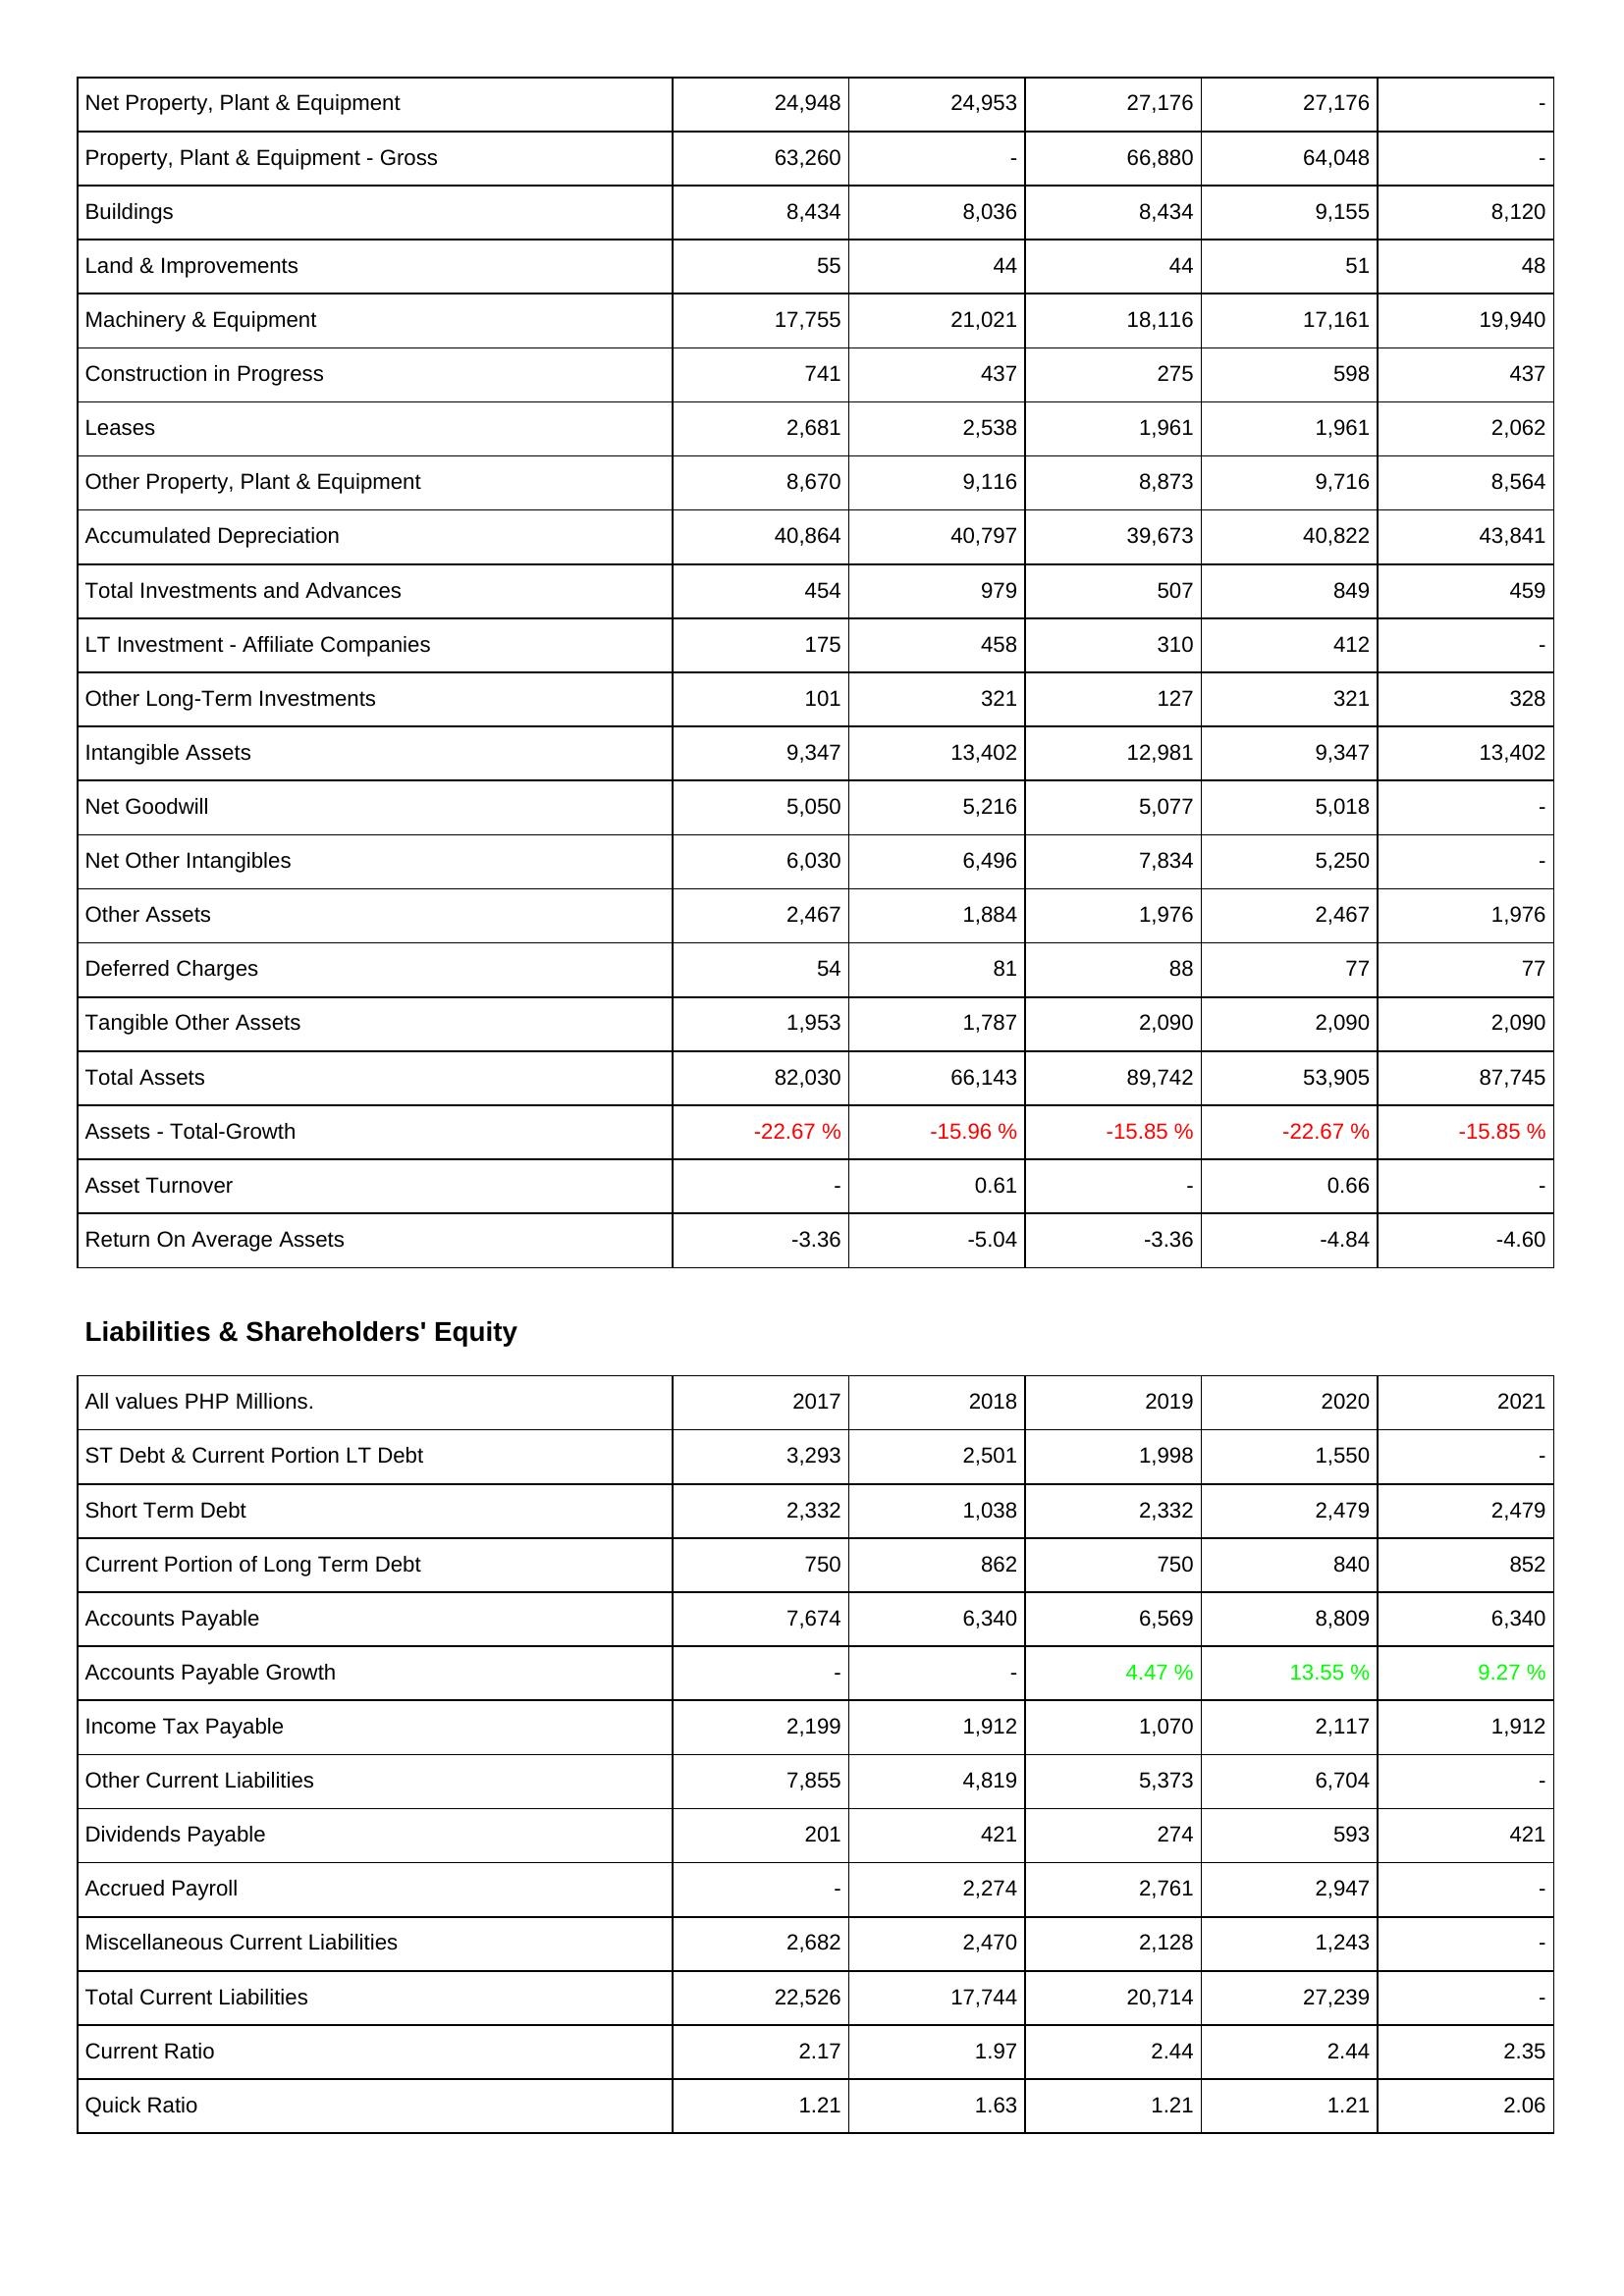
2017: Assets: Net Property, Plant & Equipment: 24,948
Property, Plant & Equipment - Gross: 63,260
Buildings: 8,434
Land & Improvements: 55
Machinery & Equipment: 17,755
Construction in Progress: 741
Leases: 2,681
Other Property, Plant & Equipment: 8,670
Accumulated Depreciation: 40,864
Total Investments and Advances: 454
LT Investment - Affiliate Companies: 175
Other Long-Term Investments: 101
Intangible Assets: 9,347
Net Goodwill: 5,050
Net Other Intangibles: 6,030
Other Assets: 2,467
Deferred Charges: 54
Tangible Other Assets: 1,953
Total Assets: 82,030
Assets - Total-Growth: -22.67 %
Asset Turnover: -
Return On Average Assets: -3.36
Liabilities & Shareholders' Equity: ST Debt & Current Portion LT Debt: 3,293
Short Term Debt: 2,332
Current Portion of Long Term Debt: 750
Accounts Payable: 7,674
Accounts Payable Growth: -
Income Tax Payable: 2,199
Other Current Liabilities: 7,855
Dividends Payable: 201
Accrued Payroll: -
Miscellaneous Current Liabilities: 2,682
Total Current Liabilities: 22,526
Current Ratio: 2.17
Quick Ratio: 1.21
2018: Assets: Net Property, Plant & Equipment: 24,953
Property, Plant & Equipment - Gross: -
Buildings: 8,036
Land & Improvements: 44
Machinery & Equipment: 21,021
Construction in Progress: 437
Leases: 2,538
Other Property, Plant & Equipment: 9,116
Accumulated Depreciation: 40,797
Total Investments and Advances: 979
LT Investment - Affiliate Companies: 458
Other Long-Term Investments: 321
Intangible Assets: 13,402
Net Goodwill: 5,216
Net Other Intangibles: 6,496
Other Assets: 1,884
Deferred Charges: 81
Tangible Other Assets: 1,787
Total Assets: 66,143
Assets - Total-Growth: -15.96 %
Asset Turnover: 0.61
Return On Average Assets: -5.04
Liabilities & Shareholders' Equity: ST Debt & Current Portion LT Debt: 2,501
Short Term Debt: 1,038
Current Portion of Long Term Debt: 862
Accounts Payable: 6,340
Accounts Payable Growth: -
Income Tax Payable: 1,912
Other Current Liabilities: 4,819
Dividends Payable: 421
Accrued Payroll: 2,274
Miscellaneous Current Liabilities: 2,470
Total Current Liabilities: 17,744
Current Ratio: 1.97
Quick Ratio: 1.63
2019: Assets: Net Property, Plant & Equipment: 27,176
Property, Plant & Equipment - Gross: 66,880
Buildings: 8,434
Land & Improvements: 44
Machinery & Equipment: 18,116
Construction in Progress: 275
Leases: 1,961
Other Property, Plant & Equipment: 8,873
Accumulated Depreciation: 39,673
Total Investments and Advances: 507
LT Investment - Affiliate Companies: 310
Other Long-Term Investments: 127
Intangible Assets: 12,981
Net Goodwill: 5,077
Net Other Intangibles: 7,834
Other Assets: 1,976
Deferred Charges: 88
Tangible Other Assets: 2,090
Total Assets: 89,742
Assets - Total-Growth: -15.85 %
Asset Turnover: -
Return On Average Assets: -3.36
Liabilities & Shareholders' Equity: ST Debt & Current Portion LT Debt: 1,998
Short Term Debt: 2,332
Current Portion of Long Term Debt: 750
Accounts Payable: 6,569
Accounts Payable Growth: 4.47 %
Income Tax Payable: 1,070
Other Current Liabilities: 5,373
Dividends Payable: 274
Accrued Payroll: 2,761
Miscellaneous Current Liabilities: 2,128
Total Current Liabilities: 20,714
Current Ratio: 2.44
Quick Ratio: 1.21
2020: Assets: Net Property, Plant & Equipment: 27,176
Property, Plant & Equipment - Gross: 64,048
Buildings: 9,155
Land & Improvements: 51
Machinery & Equipment: 17,161
Construction in Progress: 598
Leases: 1,961
Other Property, Plant & Equipment: 9,716
Accumulated Depreciation: 40,822
Total Investments and Advances: 849
LT Investment - Affiliate Companies: 412
Other Long-Term Investments: 321
Intangible Assets: 9,347
Net Goodwill: 5,018
Net Other Intangibles: 5,250
Other Assets: 2,467
Deferred Charges: 77
Tangible Other Assets: 2,090
Total Assets: 53,905
Assets - Total-Growth: -22.67 %
Asset Turnover: 0.66
Return On Average Assets: -4.84
Liabilities & Shareholders' Equity: ST Debt & Current Portion LT Debt: 1,550
Short Term Debt: 2,479
Current Portion of Long Term Debt: 840
Accounts Payable: 8,809
Accounts Payable Growth: 13.55 %
Income Tax Payable: 2,117
Other Current Liabilities: 6,704
Dividends Payable: 593
Accrued Payroll: 2,947
Miscellaneous Current Liabilities: 1,243
Total Current Liabilities: 27,239
Current Ratio: 2.44
Quick Ratio: 1.21
2021: Assets: Net Property, Plant & Equipment: -
Property, Plant & Equipment - Gross: -
Buildings: 8,120
Land & Improvements: 48
Machinery & Equipment: 19,940
Construction in Progress: 437
Leases: 2,062
Other Property, Plant & Equipment: 8,564
Accumulated Depreciation: 43,841
Total Investments and Advances: 459
LT Investment - Affiliate Companies: -
Other Long-Term Investments: 328
Intangible Assets: 13,402
Net Goodwill: -
Net Other Intangibles: -
Other Assets: 1,976
Deferred Charges: 77
Tangible Other Assets: 2,090
Total Assets: 87,745
Assets - Total-Growth: -15.85 %
Asset Turnover: -
Return On Average Assets: -4.60
Liabilities & Shareholders' Equity: ST Debt & Current Portion LT Debt: -
Short Term Debt: 2,479
Current Portion of Long Term Debt: 852
Accounts Payable: 6,340
Accounts Payable Growth: 9.27 %
Income Tax Payable: 1,912
Other Current Liabilities: -
Dividends Payable: 421
Accrued Payroll: -
Miscellaneous Current Liabilities: -
Total Current Liabilities: -
Current Ratio: 2.35
Quick Ratio: 2.06